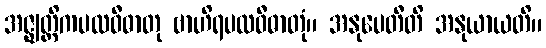
အဇ္ဈတ္တိကပထဝီဓာတု ဗာဟိရပထဝီဓာတုံ။ အနုပေတီတိ အနုယာယတိ။